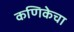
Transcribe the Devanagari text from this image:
कणिकेचा